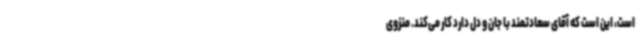
است، این است که آقای سعادتمند با جان و دل دارد کار می‌کند. منزوی